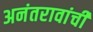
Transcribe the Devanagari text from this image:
अनंतरावांची